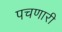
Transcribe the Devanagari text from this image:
पचणारी